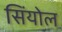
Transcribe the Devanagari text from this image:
सिंयोल